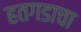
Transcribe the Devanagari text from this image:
हतगडाचा